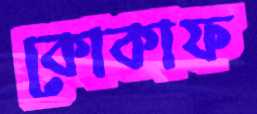
কোকাফ